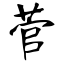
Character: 菅